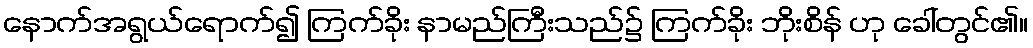
နောက်အရွယ်ရောက်၍ ကြက်ခိုး နာမည်ကြီးသည်၌ ကြက်ခိုး ဘိုးစိန် ဟု ခေါ်တွင်၏။